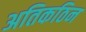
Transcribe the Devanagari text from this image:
अतिकठिन